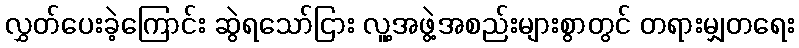
လွှတ်ပေးခဲ့ကြောင်း ဆွဲရသော်ငြား လူ့အဖွဲ့အစည်းများစွာတွင် တရားမျှတရေး